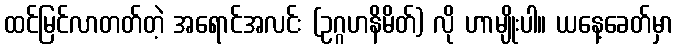
ထင်မြင်လာတတ်တဲ့ အရောင်အလင်း (ဥဂ္ဂဟနိမိတ်) လို ဟာမျိုးပါ။ ယနေ့ခေတ်မှာ